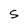
Character: S